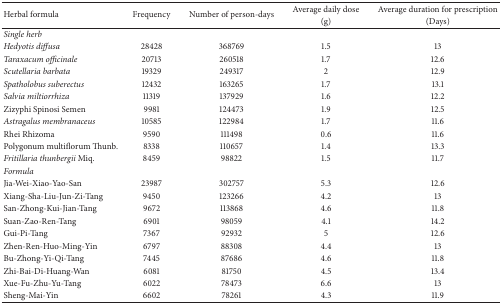
| <ROWSPAN=2> Herbal formula | <ROWSPAN=2> Frequency | <ROWSPAN=2> Number of person-days | Average daily dose | Average duration for prescription |
 | (g) | (Days) |
 | --- | --- | --- | --- | --- |
 | Single herb |  |  |  |  |
 | Hedyotis diffusa | 28428 | 368769 | 1.5 | 13 |
 | Taraxacum officinale | 20713 | 260518 | 1.7 | 12.6 |
 | Scutellaria barbata | 19329 | 249317 | 2 | 12.9 |
 | Spatholobus suberectus | 12432 | 163265 | 1.7 | 13.1 |
 | Salvia miltiorrhiza | 11319 | 137929 | 1.6 | 12.2 |
 | Zizyphi Spinosi Semen | 9981 | 124473 | 1.9 | 12.5 |
 | Astragalus membranaceus | 10585 | 122984 | 1.7 | 11.6 |
 | Rhei Rhizoma | 9590 | 111498 | 0.6 | 11.6 |
 | Polygonum multiflorum Thunb. | 8338 | 110657 | 1.4 | 13.3 |
 | Fritillaria thunbergii Miq. | 8459 | 98822 | 1.5 | 11.7 |
 | Formula |  |  |  |  |
 | Jia-Wei-Xiao-Yao-San | 23987 | 302757 | 5.3 | 12.6 |
 | Xiang-Sha-Liu-Jun-Zi-Tang | 9450 | 123266 | 4.2 | 13 |
 | San-Zhong-Kui-Jian-Tang | 9672 | 113868 | 4.6 | 11.8 |
 | Suan-Zao-Ren-Tang | 6901 | 98059 | 4.1 | 14.2 |
 | Gui-Pi-Tang | 7367 | 92932 | 5 | 12.6 |
 | Zhen-Ren-Huo-Ming-Yin | 6797 | 88308 | 4.4 | 13 |
 | Bu-Zhong-Yi-Qi-Tang | 7445 | 87686 | 4.6 | 11.8 |
 | Zhi-Bai-Di-Huang-Wan | 6081 | 81750 | 4.5 | 13.4 |
 | Xue-Fu-Zhu-Yu-Tang | 6022 | 78473 | 6.6 | 13 |
 | Sheng-Mai-Yin | 6602 | 78261 | 4.3 | 11.9 |